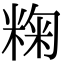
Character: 粷